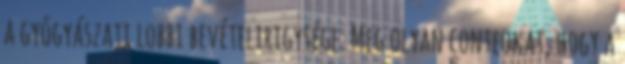
a gyógyászati lobbi bevételirigysége. Meg olyan conteokat, hogy a